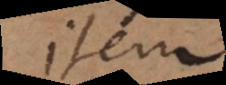
Item